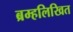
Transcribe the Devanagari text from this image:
ब्रम्हलिखित